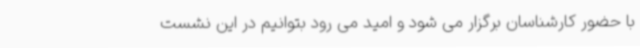
با حضور کارشناسان برگزار می شود و امید می رود بتوانیم در این نشست